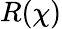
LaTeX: R(\chi)